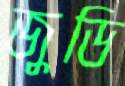
জুডি